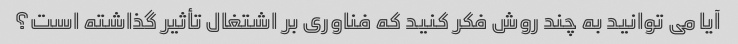
آیا می توانید به چند روش فکر کنید که فناوری بر اشتغال تأثیر گذاشته است؟